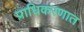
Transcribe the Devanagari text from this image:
प्राधिकरणात